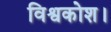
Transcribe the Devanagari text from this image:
विश्वकोश।